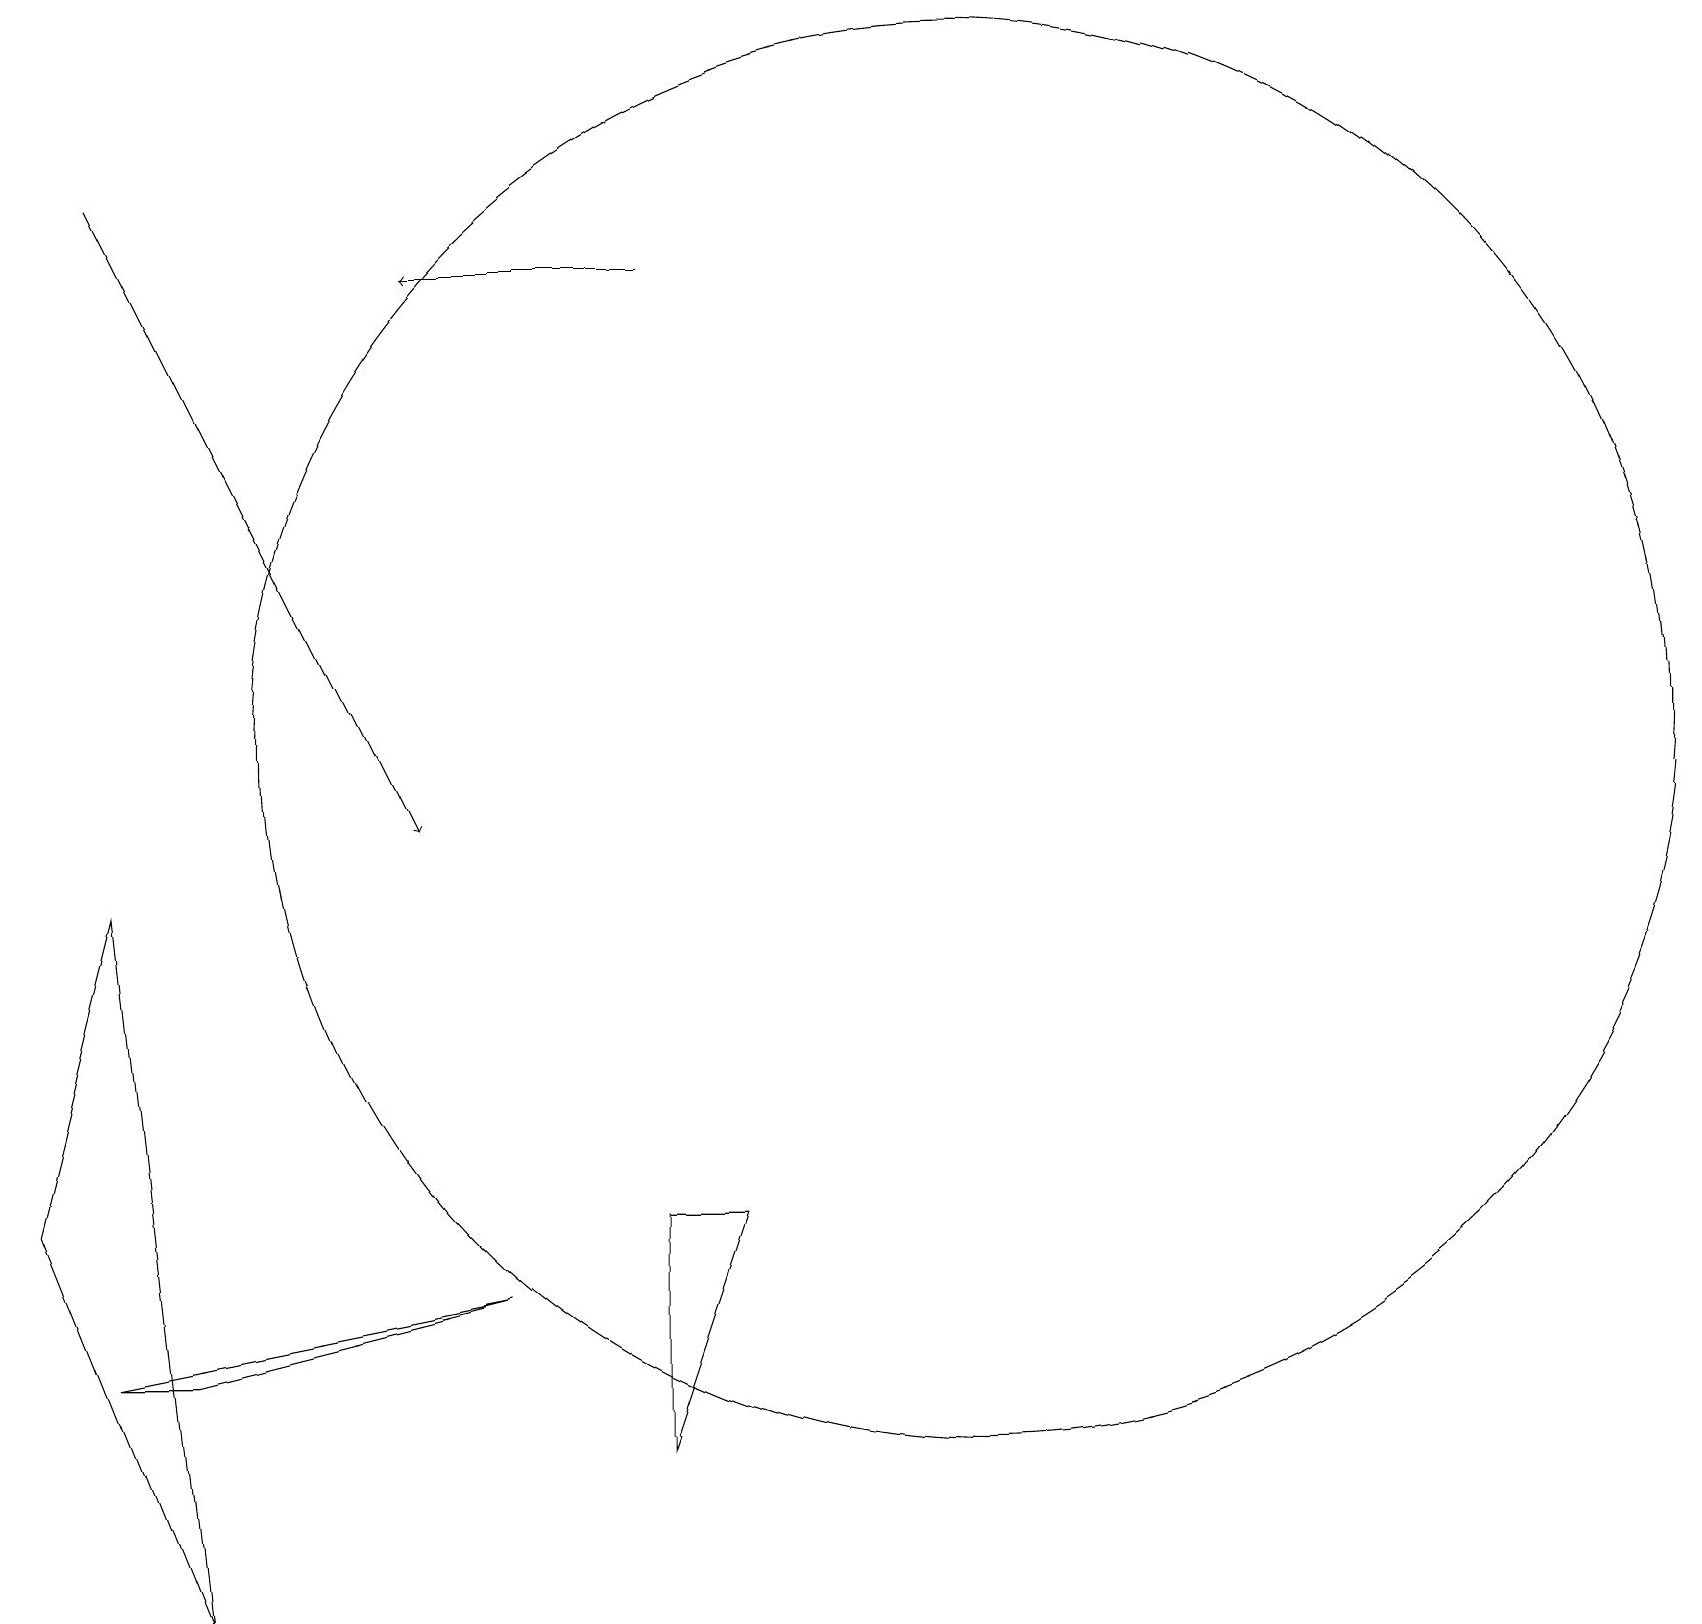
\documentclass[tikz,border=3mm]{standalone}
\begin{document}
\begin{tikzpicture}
\draw[->] (8,17) -- (5,17);
\draw (1,3) -- (2,3) -- (6,4) -- cycle;
\draw (9,5) -- (8,5) -- (8,2) -- cycle;
\draw[->] (1,18) -- (5,10);
\draw (2,0) -- (1,9) -- (0,5) -- cycle;
\draw (12,11) circle (9);
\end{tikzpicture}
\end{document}